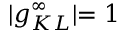
\rvert g _ { K L } ^ { \infty } \lvert = 1